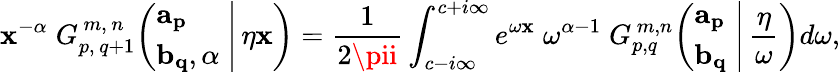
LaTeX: \mathbf{x}^{-\alpha}\; G_{p,\, q+1}^{\, m,\, n}\! \left(\left.{\begin{array}{l}{\mathbf{a_{p}}}\\ {\mathbf{b_{q}},\alpha}\end{array}}\; \right|\, \eta\mathbf{x}\right)={\frac{{1}}{{2\pii}}}\int_{c-i\infty}^{c+i\infty}e^{\omega\mathbf{x}}\; \omega^{\alpha-1}\; G_{p,q}^{\, m,n}\! \left(\left.{\begin{array}{l}{\mathbf{a_{p}}}\\ {\mathbf{b_{q}}}\end{array}}\; \right|\, {\frac{{\eta}}{{\omega}}}\right)d\omega,